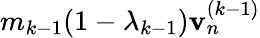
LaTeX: m_{k-1}(1-\lambda_{k-1})\mathbf{v}_{n}^{(k-1)}